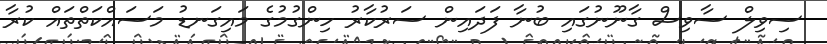
ސިވިލް ސާވިސް ގާނޫނުގައި ބުނާ ފަދައިން ސަރުކާރު ހިންގުމުގެ މައިގަނޑު މަސައްކަތްތައް ކުރާ